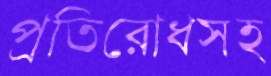
প্রতিরোধসহ